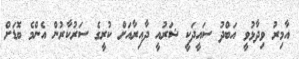
އާމިރު ވިދާޅުވީ އަބްދު ސައީދަކީ ޝަރުއީ ދާއިރާއަށް ކުރީގެ ސަރުކާރުން އެންމެ ބޮޑަށް